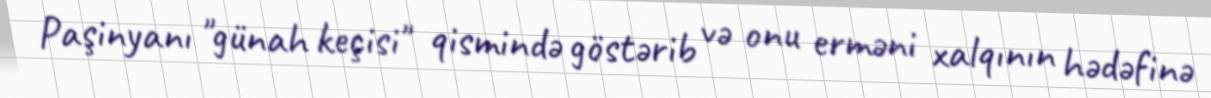
Paşinyanı "günah keçisi" qismində göstərib və onu erməni xalqının hədəfinə